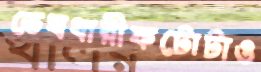
ভেখধারীফটোটাও